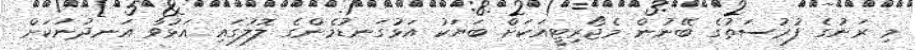
މި ރަނުގެ ފުރުސަތުގެ ބޭނުން މެޖޯރިޓީއަކަށް ބަޔަކު އަޅުގަނޑުމެންގެ ލޮލުގައި އަޅުވާ އަނދުނަކަށް